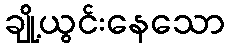
ချို့ယွင်းနေသော